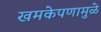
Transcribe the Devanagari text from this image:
खमकेपणामुळे